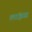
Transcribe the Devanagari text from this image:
लांइस